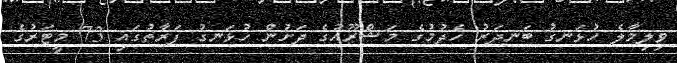
ވިލިމާލެ ހުޅަނގު ބަނދަރު ހެދުމުގެ މަޝްރޫއުގެ ދަށުން ހުޅަނގު ފަރާތުގައި 73 މީޓަރުގެ